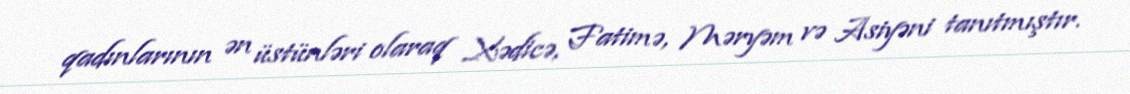
qadınlarının ən üstünləri olaraq Xədicə, Fatimə, Məryəm və Asiyəni tanıtmıştır.